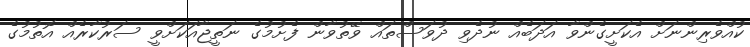
ކުއްވެރިންނަށް އެކަށީގެންވާ އަދަބެއް ނުދެވި ދުވަސްތައް ވޭތުވާން ފެށުމުގެ ނަތީޖާއަކަށްވީ ސަރުކާރެއް އޮތުމުގެ